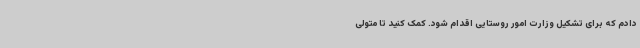
دادم که برای تشکیل وزارت امور روستایی اقدام شود. کمک کنید تا متولی